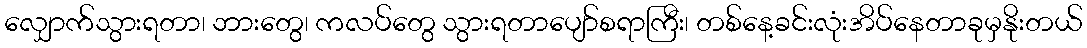
လျှောက်သွားရတာ၊ ဘားတွေ၊ ကလပ်တွေ သွားရတာပျော်စရာကြီး၊ တစ်နေ့ခင်းလုံးအိပ်နေတာခုမှနိုးတယ်